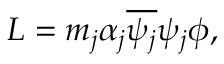
{ \cal L } = m _ { j } \alpha _ { j } \overline { { { \psi _ { j } } } } \psi _ { j } \phi ,